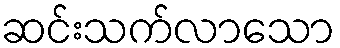
ဆင်းသက်လာသော